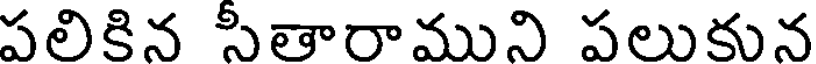
పలికిన సీతారాముని పలుకున